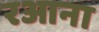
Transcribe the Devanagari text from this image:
रआना